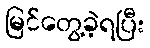
မြင်တွေ့ခဲ့ရပြီး